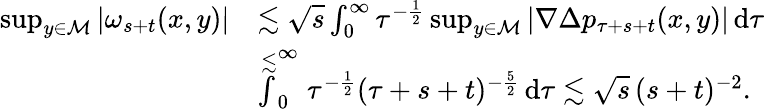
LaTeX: \begin{array}{rl}{\operatorname*{sup}_{y\in\mathcal{M}}\vert\omega_{s+t}(x,y)\vert}&{\lesssim\sqrt{s}\int_{0}^{\infty}\tau^{-\frac{1}{2}}\operatorname*{sup}_{y\in\mathcal{M}}\vert\nabla\Delta p_{\tau+s+t}(x,y)\vert\, \mathrm{d}\tau}\\ &{\stackrel{\lesssim}\int_{0}^{\infty}\tau^{-\frac{1}{2}}(\tau+s+t)^{-\frac{5}{2}}\, \mathrm{d}\tau\lesssim\sqrt{s}\, (s+t)^{-2}.}\end{array}